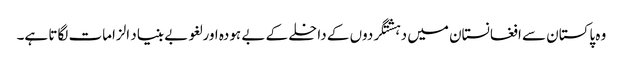
وہ پاکستان سے افغانستان میں دہشتگردوں کے داخلے کے بے ہودہ اور لغو بے بنیاد الزامات لگاتا ہے۔